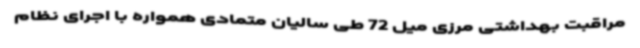
مراقبت بهداشتی مرزی میل 72 طی سالیان متمادی همواره با اجرای نظام